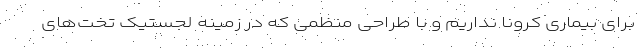
برای بیماری کرونا نداریم و با طراحی منظمی که در زمینه لجستیک تخت‌های